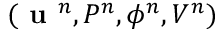
( \textbf { u } ^ { n } , P ^ { n } , \phi ^ { n } , V ^ { n } )